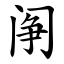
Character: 䦶